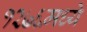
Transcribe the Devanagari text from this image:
१२७६मध्ये